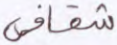
شقاقي